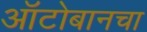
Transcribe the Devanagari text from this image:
ऑटोबानचा